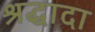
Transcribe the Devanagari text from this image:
श्रद्धादा